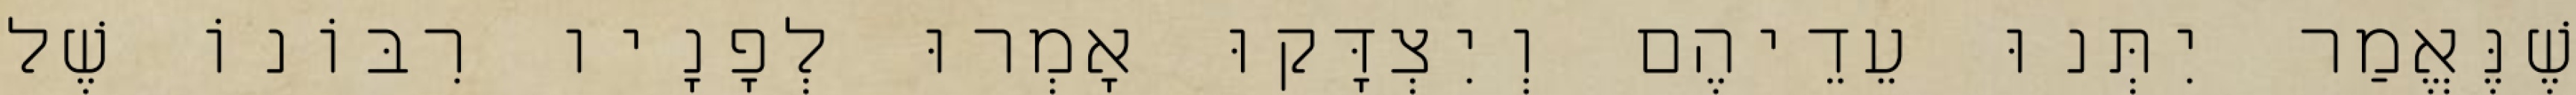
שֶׁנֶּאֱמַר יִתְּנוּ עֵדֵיהֶם וְיִצְדָּקוּ אָמְרוּ לְפָנָיו רִבּוֹנוֹ שֶׁל